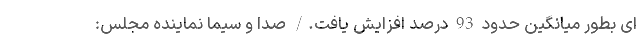
ای بطور میانگین حدود 93 درصد افزایش یافت./ صدا و سیما نماینده مجلس: